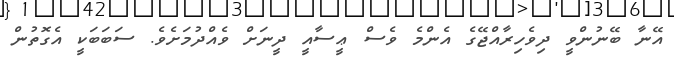
އޭނާ ބޭނުންވީ ދިވެހިރާއްޖޭގެ އެންމެ ވެސް ޢީސާއީ ދީނަށް ވެއްދުމަށެވެ. ސަބަބަކީ އެގޮތުން